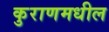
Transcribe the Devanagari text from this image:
कुराणमधील